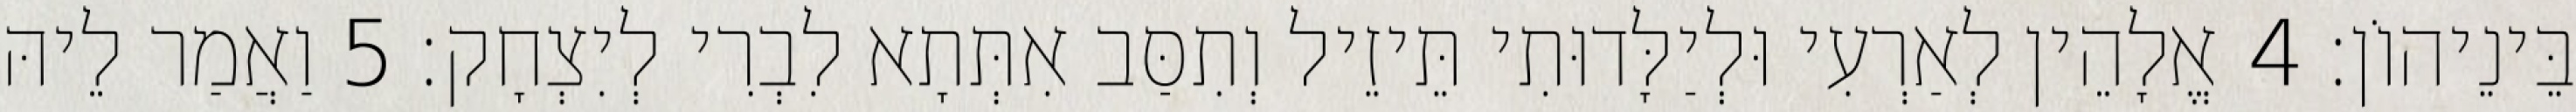
בֵּינֵיהוֹן׃ 4 אֱלָהֵין לְאַרְעִי וּלְיַלָּדוּתִי תֵּיזֵיל וְתִסַּב אִתְּתָא לִבְרִי לְיִצְחָק׃ 5 וַאֲמַר לֵיהּ